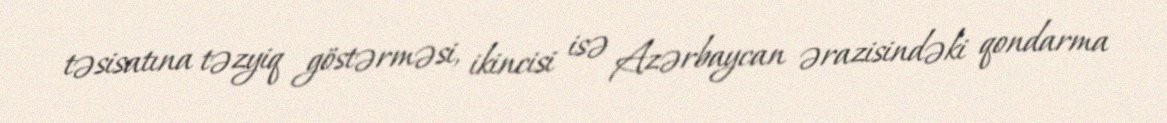
təsisatına təzyiq göstərməsi, ikincisi isə Azərbaycan ərazisindəki qondarma